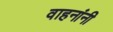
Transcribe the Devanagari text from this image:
वाहनांनी